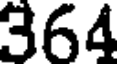
364